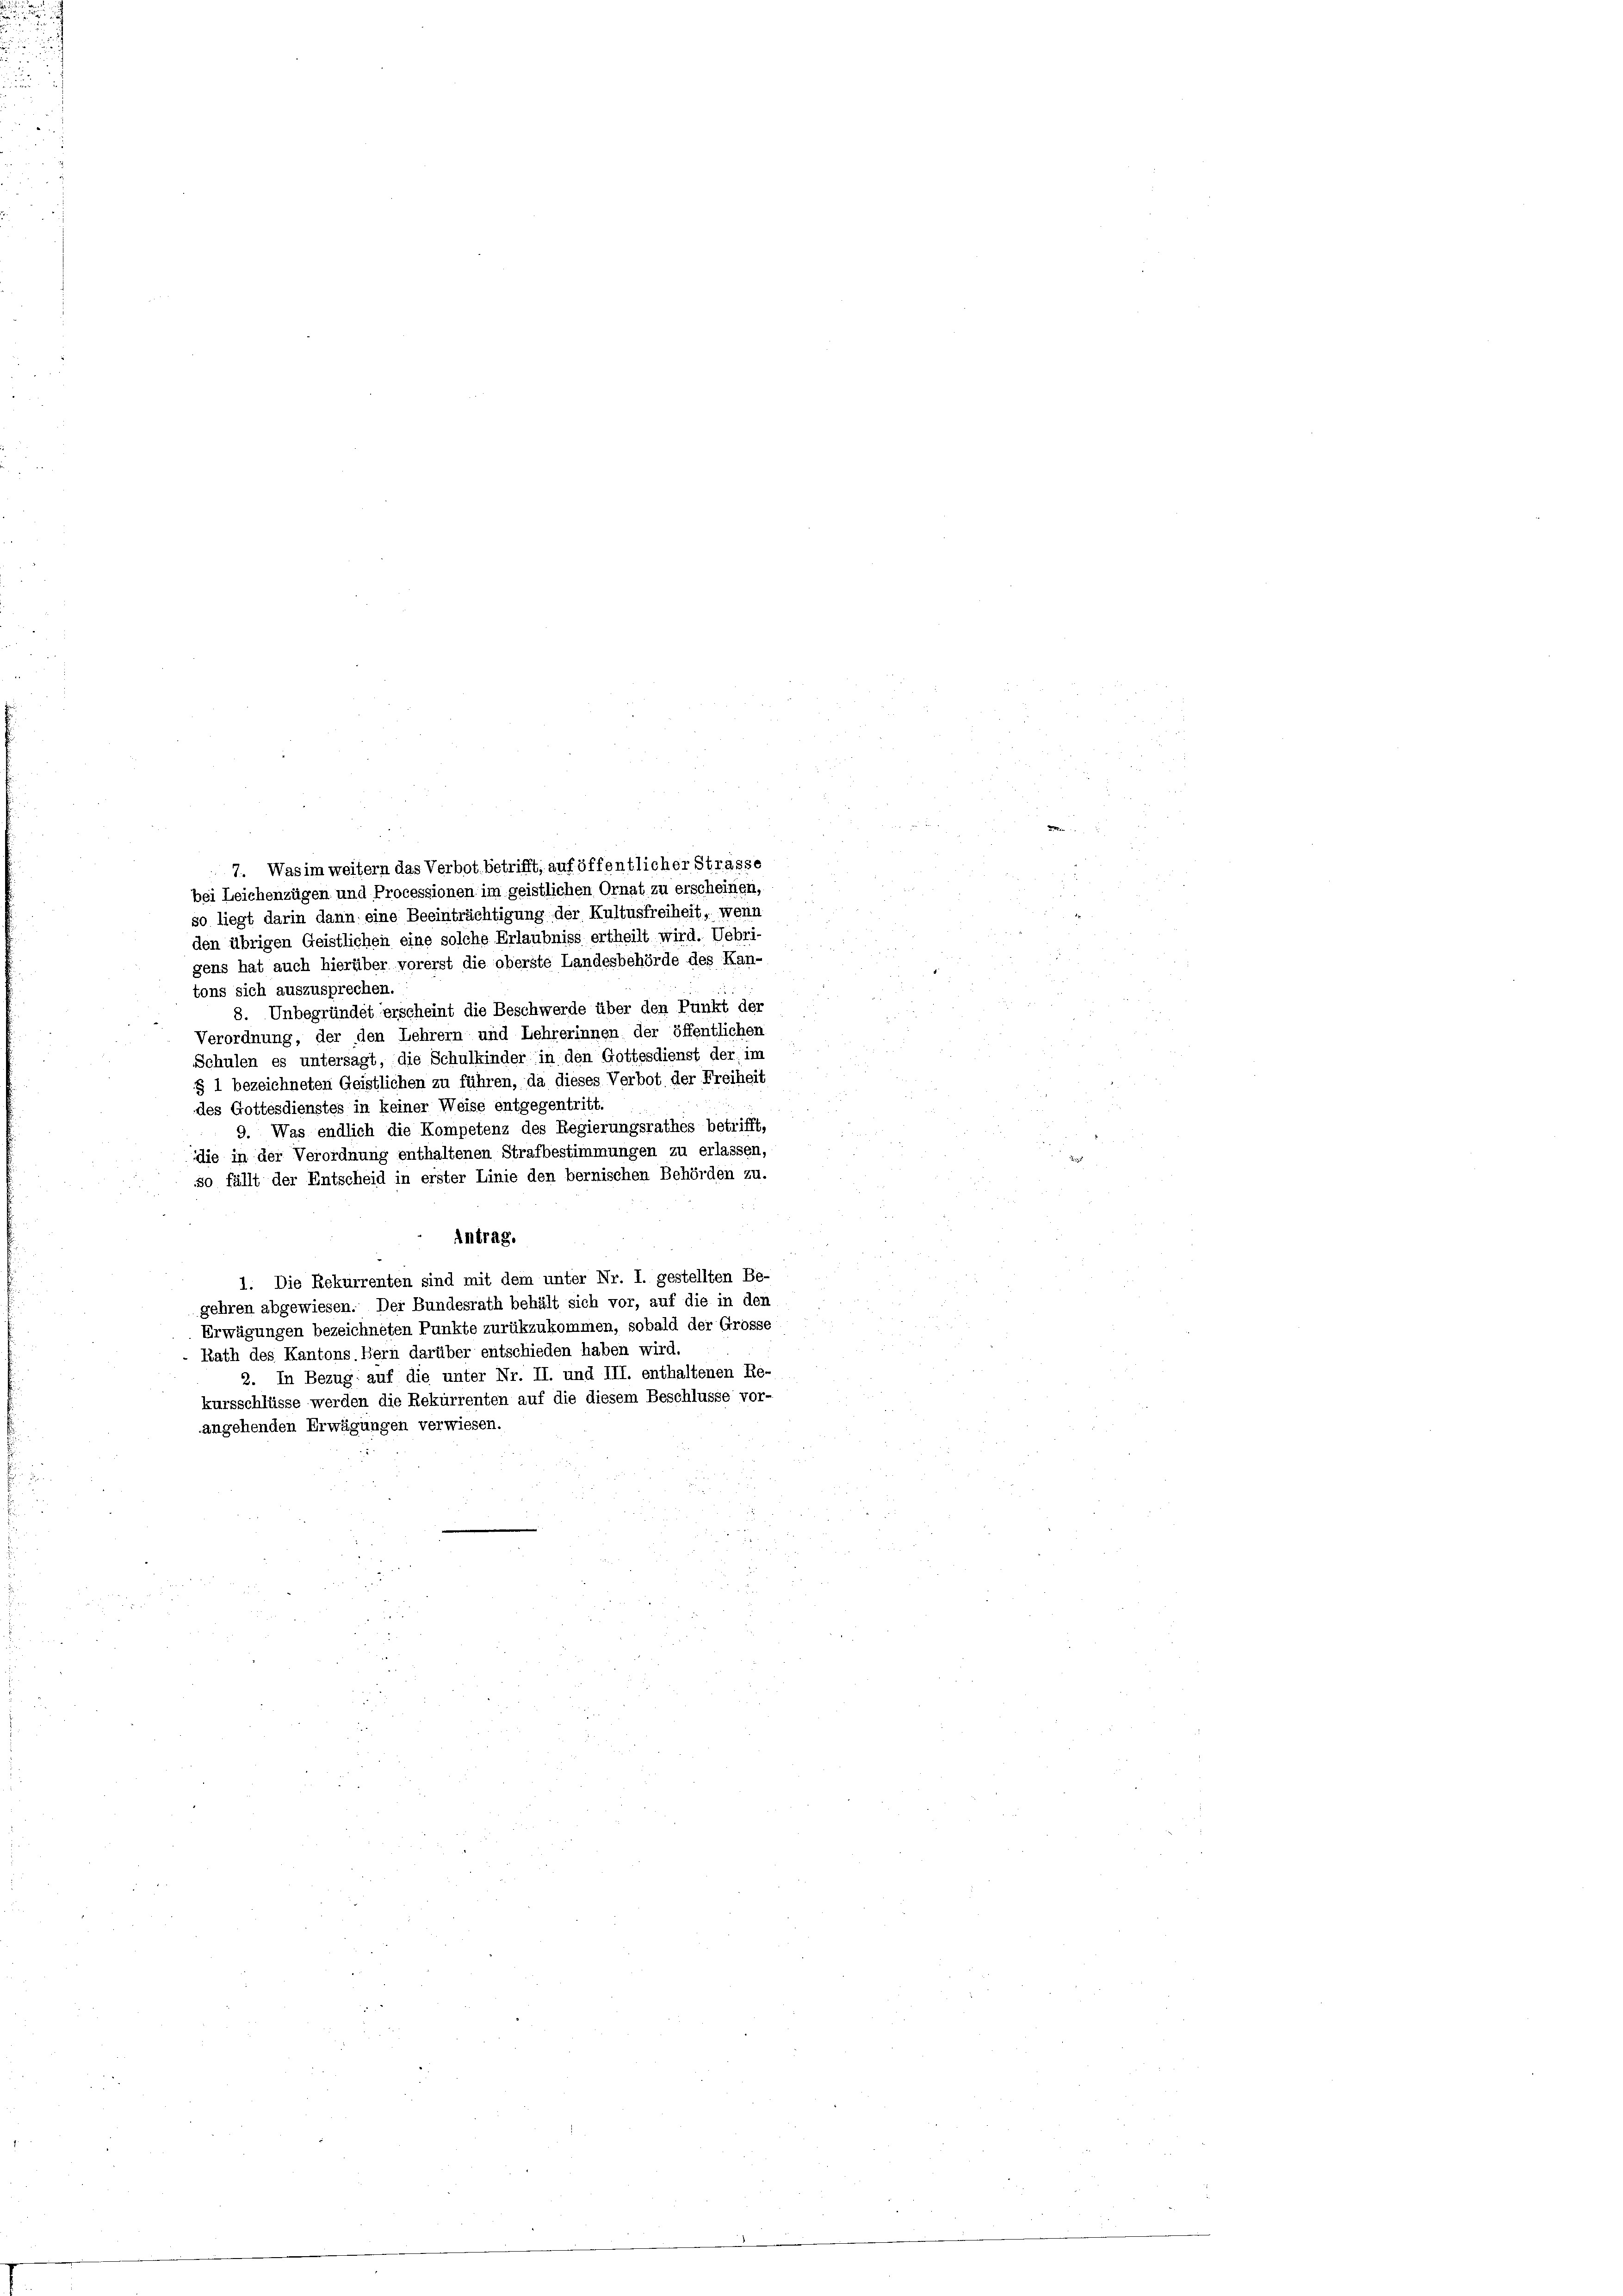
so liegt darin dann eine Beeinträchtigung der Kultusfreiheit, wenn
den übrigen Geistlichen eine solche Erlaubniss ertheilt wird. Uebri-
gens hat auch hierüber vorerst die oberste Landesbehörde des Kan-
tons sich auszusprechen.
8. Unbegründet erscheint die Beschwerde über den Punkt der
Verordnung, der den Lehrern und Lehrerinnen der öffentlichen
Schulen es untersagt, die Schulkinder in den Gottesdienst der im
§ 1 bezeichneten Geistlichen zu führen, da dieses Verbot der Freiheit
des Gottesdienstes in keiner Weise entgegentritt.
9. Was endlich die Kompetenz des Regierungsrathes betrifft,
die in der Verordnung enthaltenen Strafbestimmungen zu erlassen,
so fällt der Entscheid in erster Linie den bernischen Behörden zu
Antrag.
1. Die Rekurrenten sind mit dem unter Nr. I. gestellten Be-
gehren abgewiesen. Der Bundesrath behält sich vor, auf die in den
Erwägungen bezeichneten Punkte zurükzukommen, sobald der Grosse
Rath des Kantons. Bern darüber entschieden haben wird.
2. In Bezug auf die unter Nr. II. und III. enthaltenen Re-
kursschlüsse werden die Rekurrenten auf die diesem Beschlüsse vor-
angehenden Erwägungen verwiesen.
3

5
7. Was im weitern das Verbot betrifft, auf öffentlicher Strasse
bei Leichenzügen und Processionen im geistlichen Ornat zu erscheinen,